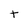
Character: t